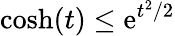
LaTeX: \cosh(t)\leq\mathrm{e}^{t^{2}/2}